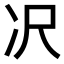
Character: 𪞚